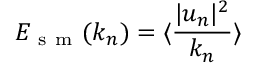
E _ { \mathrm { ~ s ~ m ~ } } ( k _ { n } ) = \langle \frac { | u _ { n } | ^ { 2 } } { k _ { n } } \rangle